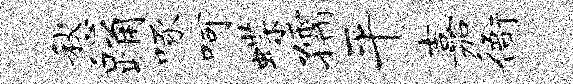
愁踊啄呵蝶孺平嘉衙